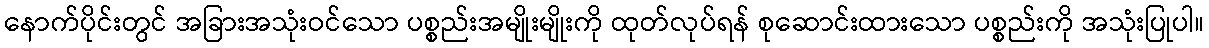
နောက်ပိုင်းတွင် အခြားအသုံးဝင်သော ပစ္စည်းအမျိုးမျိုးကို ထုတ်လုပ်ရန် စုဆောင်းထားသော ပစ္စည်းကို အသုံးပြုပါ။